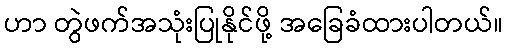
ဟာ တွဲဖက်အသုံးပြုနိုင်ဖို့ အခြေခံထားပါတယ်။